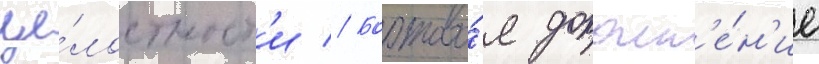
це́лостност'и // Бортово́е дополн'е́н'ие